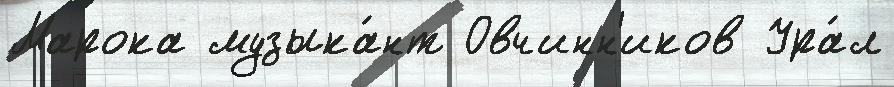
Марока музыка́нт Овчинн'иков Ура́л